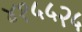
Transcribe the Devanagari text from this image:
४१५५२५